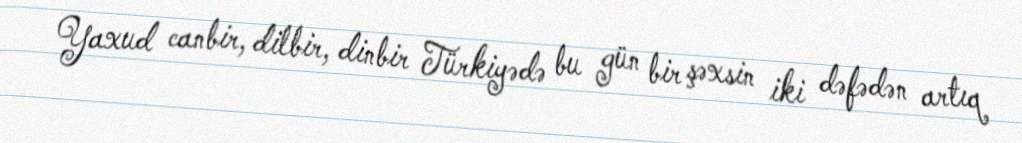
Yaxud canbir, dilbir, dinbir Türkiyədə bu gün bir şəxsin iki dəfədən artıq